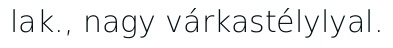
lak., nagy várkastélylyal.